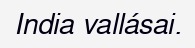
India vallásai.